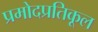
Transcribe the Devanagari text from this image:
प्रमोदप्रतिकूल